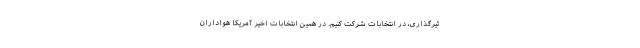
ثیرگذاری، در انتخابات شرکت کنیم. در همین انتخابات اخیر آمریکا هواداران